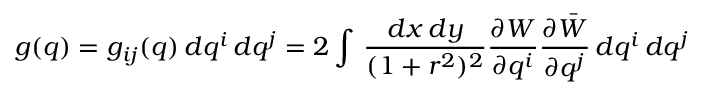
g ( q ) = g _ { i j } ( q ) \, d q ^ { i } \, d q ^ { j } = 2 \int \, \frac { d x \, d y } { ( 1 + r ^ { 2 } ) ^ { 2 } } \frac { \partial W } { \partial q ^ { i } } \frac { \partial \bar { W } } { \partial q ^ { j } } \, d q ^ { i } \, d q ^ { j }